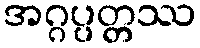
အဂ္ဂပ္ပတ္တဿ